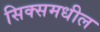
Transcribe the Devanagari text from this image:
सिक्समधील